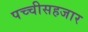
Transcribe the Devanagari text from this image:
पच्चीसहजार